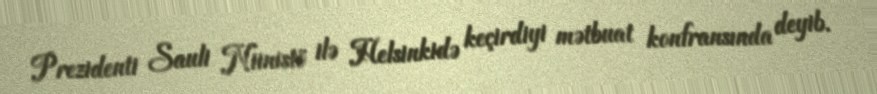
Prezidenti Sauli Niinistö ilə Helsinkidə keçirdiyi mətbuat konfransında deyib.